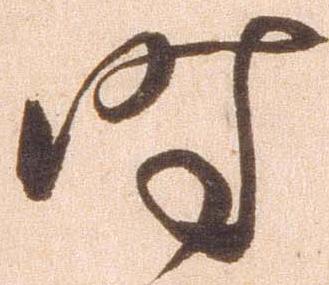
時